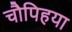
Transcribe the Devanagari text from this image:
चौपिहया